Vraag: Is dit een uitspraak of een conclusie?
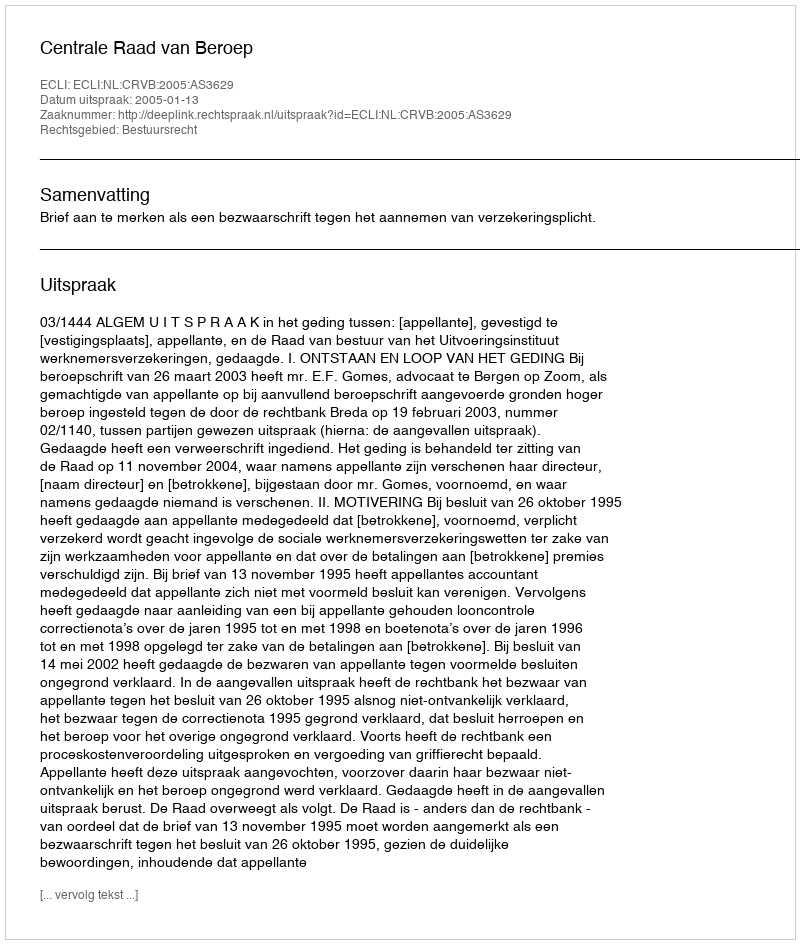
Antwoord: Uitspraak